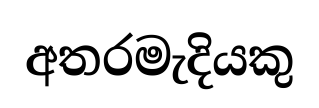
අතරමැදියකු